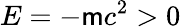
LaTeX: E=-\mathsf{m}c^{2}>0